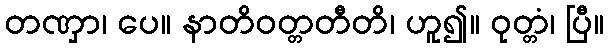
တဏှာ၊ ပေ။ နာတိဝတ္တတီတိ၊ ဟူ၍။ ဝုတ္တံ၊ ပြီ။